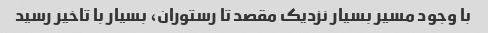
با وجود مسیر بسیار نزدیک مقصد تا رستوران، بسیار با تاخیر رسید